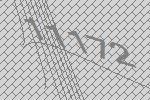
11172